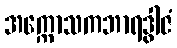
အက္ကောသကဘာရဒွါဇံ